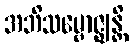
အဘိသမ္ဗောဇ္ဈန္တိ